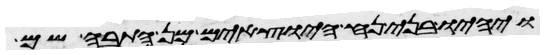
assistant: ויהיו בני נח היוצאים מן התבה שם